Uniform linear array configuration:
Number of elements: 32
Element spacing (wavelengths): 1
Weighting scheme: cosine
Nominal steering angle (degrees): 15
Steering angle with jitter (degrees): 13.764
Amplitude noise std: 0.05
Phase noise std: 0.05

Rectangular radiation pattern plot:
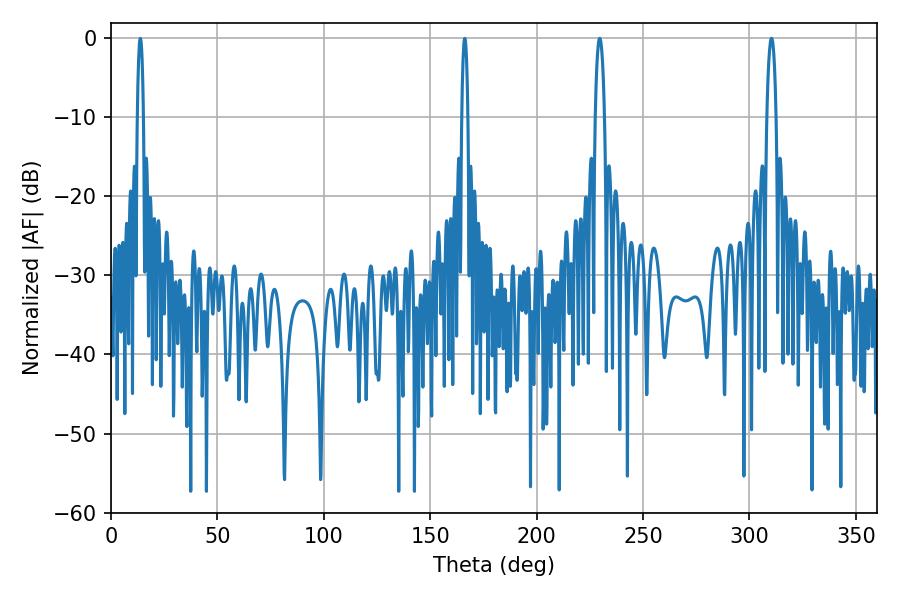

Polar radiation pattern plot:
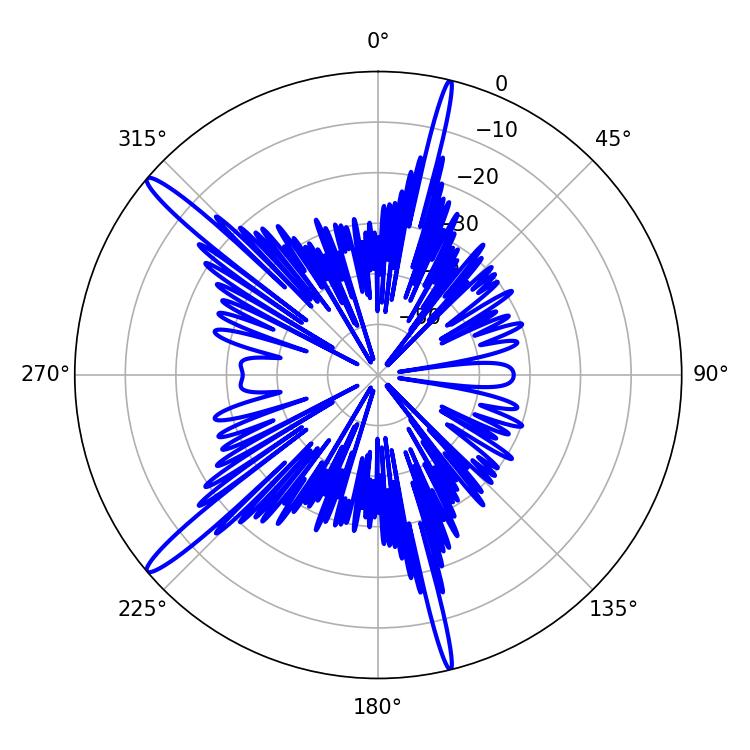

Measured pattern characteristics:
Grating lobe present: TRUE
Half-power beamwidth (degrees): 2.52
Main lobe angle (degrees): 310.32